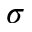
\sigma